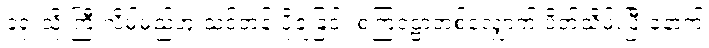
ခုံရုံးသို့ ကြီးလိမ့်မည်ဟု သင်တန်းပို့ချခြင်း စကြဝဠာတစ်လျှောက် ပိတ်သိမ်းပြီးနောက်